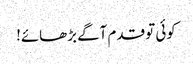
کوئی تو قدم آگے بڑھائے!